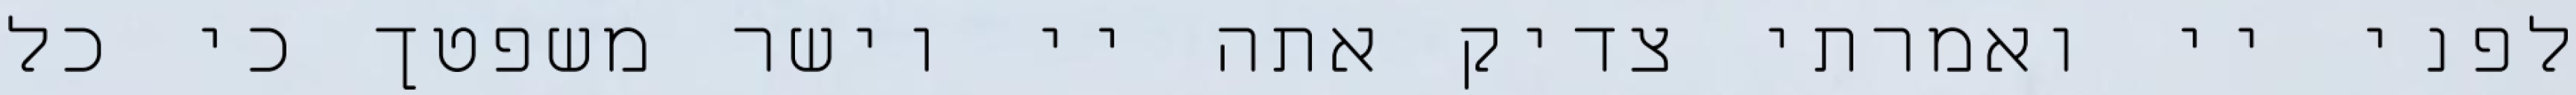
לפני יי ואמרתי צדיק אתה יי וישר משפטך כי כל